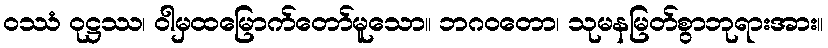
ဝဿံ ဝုဋ္ဌဿ၊ ဝါမှထမြောက်တော်မူသော။ ဘဂဝတော၊ သုမနမြတ်စွာဘုရားအား။